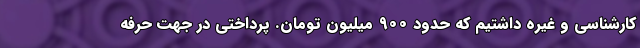
کارشناسی و غیره داشتیم که حدود 900 میلیون تومان. پرداختی در جهت حرفه